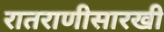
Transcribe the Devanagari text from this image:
रातराणीसारखी